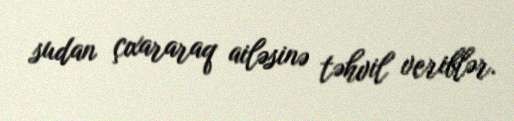
sudan çıxararaq ailəsinə təhvil veriblər.